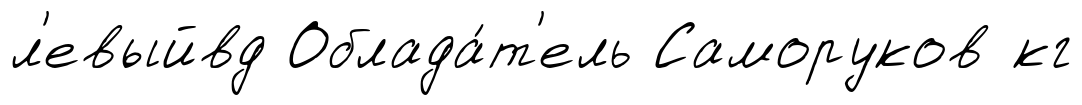
л'евыйвд Облада́т'ель Саморуков кг